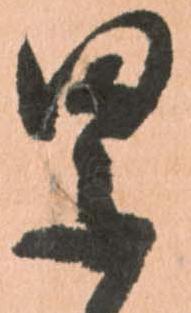
累